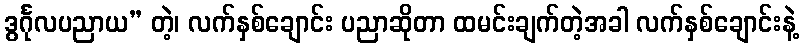
ဒွင်္ဂုလပညာယ” တဲ့၊ လက်နှစ်ချောင်း ပညာဆိုတာ ထမင်းချက်တဲ့အခါ လက်နှစ်ချောင်းနဲ့